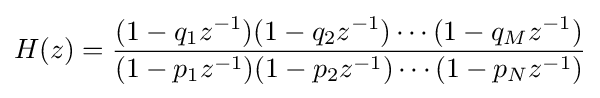
H(z)={\frac {(1-q_{1}z^{-1})(1-q_{2}z^{-1})\cdots (1-q_{M}z^{-1})}{(1-p_{1}z^{-1})(1-p_{2}z^{-1})\cdots (1-p_{N}z^{-1})}}